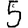
Digit: 5